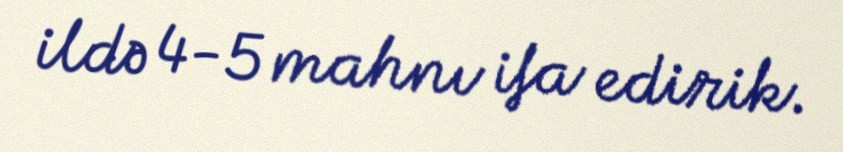
ildə 4-5 mahnı ifa edirik.